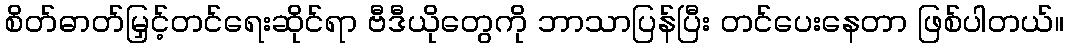
စိတ်ဓာတ်မြှင့်တင်ရေးဆိုင်ရာ ဗီဒီယိုတွေကို ဘာသာပြန်ပြီး တင်ပေးနေတာ ဖြစ်ပါတယ်။